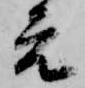
元